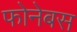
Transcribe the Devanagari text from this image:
फोनेबस